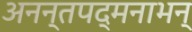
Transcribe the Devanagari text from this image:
अनन्तपद्मनाभन्